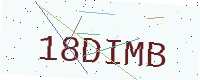
Text: 18DIMB